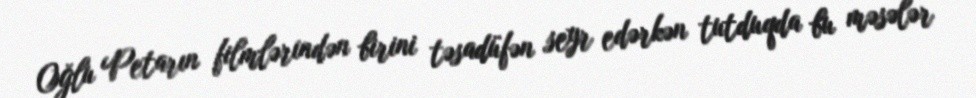
Oğlu Petarın filmlərindən birini təsadüfən seyr edərkən tutduqda bu məsələr